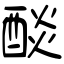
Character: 醈